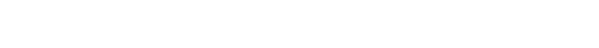
စိတ်၏။ ပဌမာဘိနိပါတော၊ အာရုံ၌ ရှေးဦးစွာကျရောက်ခြင်းသဘောသည်။ ဝိတက္ကော၊